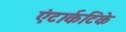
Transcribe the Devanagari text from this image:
एंटार्कटिके